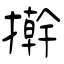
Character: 擀